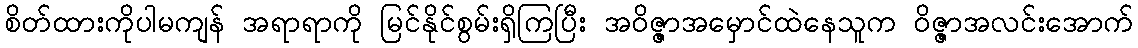
စိတ်ထားကိုပါမကျန် အရာရာကို မြင်နိုင်စွမ်းရှိကြပြီး အဝိဇ္ဇာအမှောင်ထဲနေသူက ဝိဇ္ဇာအလင်းအောက်